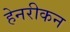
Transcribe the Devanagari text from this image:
हेनरीकन